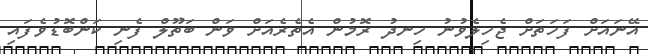
އޭނައަށް ފަހަތަށް ޖެހިލެވުނު ހިނދު ރޮމުން އެތެރެއަށް ވަން ބަތޫލް ފެނި ކަންބޮޑުވެފައި